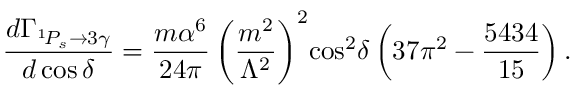
\frac { d \Gamma _ { ^ 1 \! P _ { s } \to 3 \gamma } } { d \cos \delta } = \frac { m \alpha ^ { 6 } } { 2 4 \pi } \left( \frac { m ^ { 2 } } { \Lambda ^ { 2 } } \right) ^ { 2 } \! \cos ^ { 2 } \! \delta \left( 3 7 \pi ^ { 2 } - \frac { 5 4 3 4 } { 1 5 } \right) .